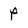
Character: P